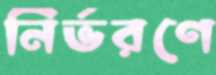
নির্ভরণে